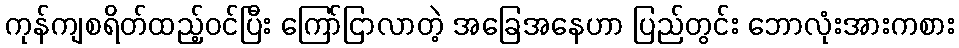
ကုန်ကျစရိတ်ထည့်ဝင်ပြီး ကြော်ငြာလာတဲ့ အခြေအနေဟာ ပြည်တွင်း ဘောလုံးအားကစား